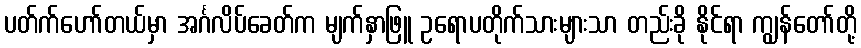
ပတ်က်ဟော်တယ်မှာ အင်္ဂလိပ်ခေတ်က မျက်နှာဖြူ ဥရောပတိုက်သားများသာ တည်းခို နိုင်ရာ ကျွန်တော်တို့